Vaccine operations Central Provinces 1900-1911 - 1900-1911
Year: 1900
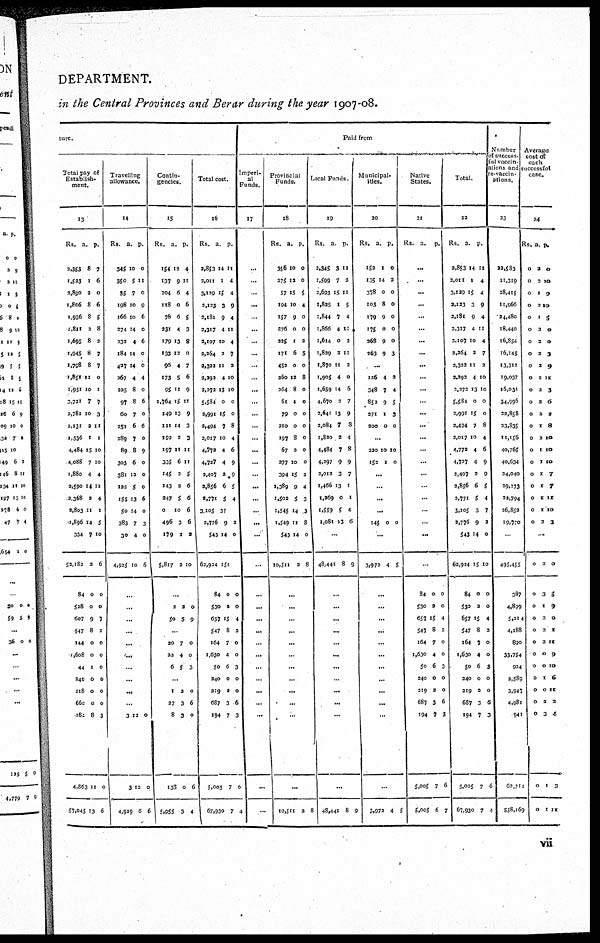
DEPARTMENT.
in the Central Provinces and Berar during the year 1907-08.
ture.
Total pay of
Establish¬
ment.
13
Rs.
2,353
1,523
2,890
1,806
1,936
1,811
1,695
1,945
1,798
1,851
1,951
3,721
2,781
2,131
1,536
4,484
4,088
1,880
2,590
2,368
2,803
1,896
334
52,182
84
528
607
547
144
1,608
44
240
218
660
182
4,863
57,045
a.
8
1
2
8
8
2
8
8
8
11
10
7
10
2
1
15
7
4
14
2
11
14
7
2
0
0
9
8
0
0
1
0
0
0
8
11
13
p.
7
6
0
6
5
8
3
7
7
0
1
7
3
11
1
10
10
4
11
4
1
5
10
6
0
0
7
2
0
0
0
0
0
0
3
0
6
Travelling
allowance.
14
Rs.
345
350
35
198
166
274
232
184
427
267
225
97
60
251
289
89
303
381
123
155
50
383
30
4,925
a.
10
5
7
10
10
14
4
14
14
4
8
8
7
6
7
8
6
12
5
13
14
7
4
10
p.
0
11
0
9
6
0
6
0
0
4
0
6
0
6
0
9
0
0
0
6
0
3
0
6
...
..
...
..
...
...
...
...
...
...
3
3
4,929
12
12
6
0
0
6
Contin-
gencies.
15
Rs.
154
137
204
118
78
231
179
133
96
173
95
1,764
149
111
193
197
335
145
143
347
0
496
179
5,817
a.
12
9
6
0
6
4
13
12
4
5
11
15
13
14
2
11
6
3
2
5
10
3
2
2
p.
4
11
4
6
5
3
8
0
7
6
9
11
9
3
3
11
11
5
6
6
6
6
2
10
...
2
50
2
5
0
9
..
20
22
6
7
4
5
0
0
3
...
1
27
8
138
5,955
2
3
3
0
3
0
6
0
6
4
Total cost.
16
Rs.
2,853
2,011
3,129
2,123
2,181
2,317
2,107
2,264
2,322
2,293
2,272
5,584
2,991
2,494
2,017
4,772
4,727
2,407
2,856
2,771
3,105
2,776
543
62,924
84
530
657
547
164
1,630
50
240
219
687
194
5,005
67,930
a
14
1
15
3
9
4
10
2
11
4
13
0
15
7
10
4
4
2
6
5
37
9
14
151
0
2
15
8
7
4
6
0
2
3
7
7
7
p.
11
4
4
9
4
11
4
7
2
10
10
0
0
8
4
6
9
9
5
4
2
0
0
0
4
2
0
0
3
0
0
6
3
0
4
Paid from
Imperi¬
al
Funds.
17
...
...
...
...
...
...
...
...
...
...
...
...
...
...
...
...
...
...
...
...
...
...
...
...
...
...
...
...
..
...
...
...
...
..
...
...
...
Provincial
Funds.
18
Rs.
356
275
57
194
157
276
225
171
452
260
264
61
79
210
197
67
277
394
1,389
1,502
1,545
1,549
543
10,511
a.
10
12
15
10
9
0
1
6
0
12
8
4
0
0
8
2
10
15
9
5
14
11
14
2
p.
0
0
5
4
0
0
2
5
0
8
0
0
0
0
0
0
0
2
4
3
3
8
0
8
...
...
..
...
...
...
...
...
...
...
...
...
10,511 2 8
Local Funds.
19
Rs.
2,345
1,599
3,693
1,825
1,844
1,866
1,614
1,829
1,870
1,905
1,659
4,670
2,641
2,084
1,820
4,484
4,297
2,012
1,466
1,269
1,559
1,081
a
3
7
15
1
7
4
0
2
11
4
14
3
13
7
2
7
9
3
13
0
5
13
p.
11
2
11
5
4
11
2
11
2
0
6
7
9
8
4
8
9
7
1
1
4
6
...
48,441 8 9
...
...
...
...
...
...
...
...
...
...
...
...
48,441 8 9
Municipal¬
ities.
20
Rs.
152
135
378
103
179
175
268
263
a.
1
14
0
8
9
0
9
9
p.
0
2
0
0
0
0
0
3
...
126
348
852
271
200
4
7
9
1
0
2
4
5
3
0
...
220
152
10
1
10
0
...
...
...
...
145 0 0
...
3,972 4 5
...
...
...
...
...
...
...
...
...
...
...
...
3,972 4 5
Native
States.
21
Rs.
a.
p.
...
...
...
...
...
...
...
...
...
...
...
...
...
...
...
...
...
...
...
...
...
...
...
...
84
530
657
547
164
1,630
50
240
219
687
194
5,005
5,005
0
2
15
8
7
4
6
0
3
3
7
7
6
0
0
4
2
0
0
3
0
0
6
3
6
7
Total.
22
Rs.
2,853
2,011
3,129
2,123
2,181
2,317
2,107
2,264
2,322
2,292
2,272
5,584
2,991
2,494
2,017
4,772
4,727
2,407
2,856
2,771
3,105
2,776
543
62,924
84
530
657
547
164
1,630
50
240
219
687
194
5,005
67,930
a.
14
1
15
3
9
4
10
2
11
4
13
0
15
7
10
4
4
2
6
5
3
9
14
15
0
2
15
8
7
4
6
0
2
3
7
7
7
p.
11
4
4
9
4
11
4
7
2
10
10
0
0
8
4
6
9
9
5
4
7
2
0
10
0
0
4
2
0
0
3
0
0
6
3
6
4
Number
of success
ful vaccin¬
ations and
re-vaccin-
ations.
23
22,583
11,319
28,415
11,966
24,480
18,440
16,854
16,145
13,312
19,037
16,031
34,996
22,858
23,835
11,156
40,765
40,634
24,040
29,173
22,794
26,852
19,770
...
495,455
387
4,899
5,214
4,188
890
33,754
924
2,589
3,947
4,981
941
62,714
558,169
Average
cost of
each
successful
case.
24
Rs.
0
0
0
0
0
0
0
0
0
0
0
0
0
0
0
0
0
0
0
0
0
0
a.
2
2
1
2
1
2
2
2
2
1
2
2
2
2
2
1
1
1
1
1
1
2
p.
0
10
9
10
5
0
0
3
9
11
3
6
2
8
10
10
10
7
7
11
10
3
...
0
0
0
0
0
0
0
0
0
0
0
0
0
0
2
3
1
2
2
2
0
0
1
0
2
3
10
1
0
5
9
0
1
11
9
10
6
11
2
4
3
11
vii